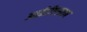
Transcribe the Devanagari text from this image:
आईडीएसएम